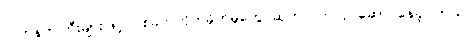
လက်နက်ကြီးများဖြင့် ပစ်ခတ်တိုက်ခိုက်မှုတွေ ဆက်လက်လုပ်ဆောင်နေခဲ့ပါတယ်။